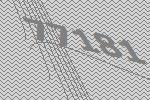
77181